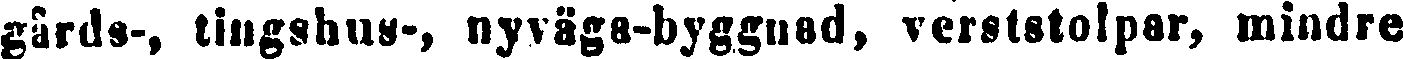
gårds-, tingshus-, nyväga-byggnad, verststolpar, mindre